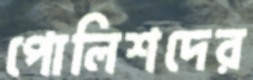
পোলিশদের